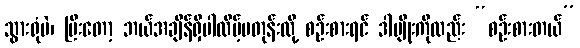
သွားရုံပဲ၊ ပြီးတော့ ဘယ်အချိန်ရှိပါလိမ့်မတုန်းလို့ စဉ်းစားရင် ဒါမျိုးကိုလည်း “စဉ်းစားတယ်”